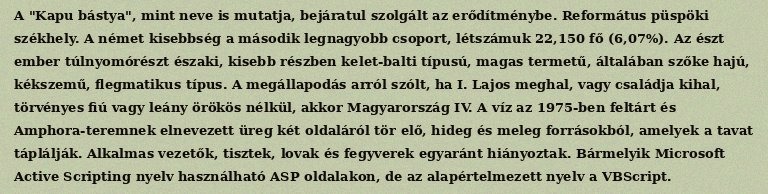
A "Kapu bástya", mint neve is mutatja, bejáratul szolgált az erődítménybe. Református püspöki székhely. A német kisebbség a második legnagyobb csoport, létszámuk 22,150 fő (6,07%). Az észt ember túlnyomórészt északi, kisebb részben kelet-balti típusú, magas termetű, általában szőke hajú, kékszemű, flegmatikus típus. A megállapodás arról szólt, ha I. Lajos meghal, vagy családja kihal, törvényes fiú vagy leány örökös nélkül, akkor Magyarország IV. A víz az 1975-ben feltárt és Amphora-teremnek elnevezett üreg két oldaláról tör elő, hideg és meleg forrásokból, amelyek a tavat táplálják. Alkalmas vezetők, tisztek, lovak és fegyverek egyaránt hiányoztak. Bármelyik Microsoft Active Scripting nyelv használható ASP oldalakon, de az alapértelmezett nyelv a VBScript.